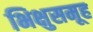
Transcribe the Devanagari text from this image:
भिक्षुसमूह